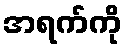
အရက်ကို